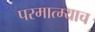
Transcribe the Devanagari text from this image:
परमात्म्याच